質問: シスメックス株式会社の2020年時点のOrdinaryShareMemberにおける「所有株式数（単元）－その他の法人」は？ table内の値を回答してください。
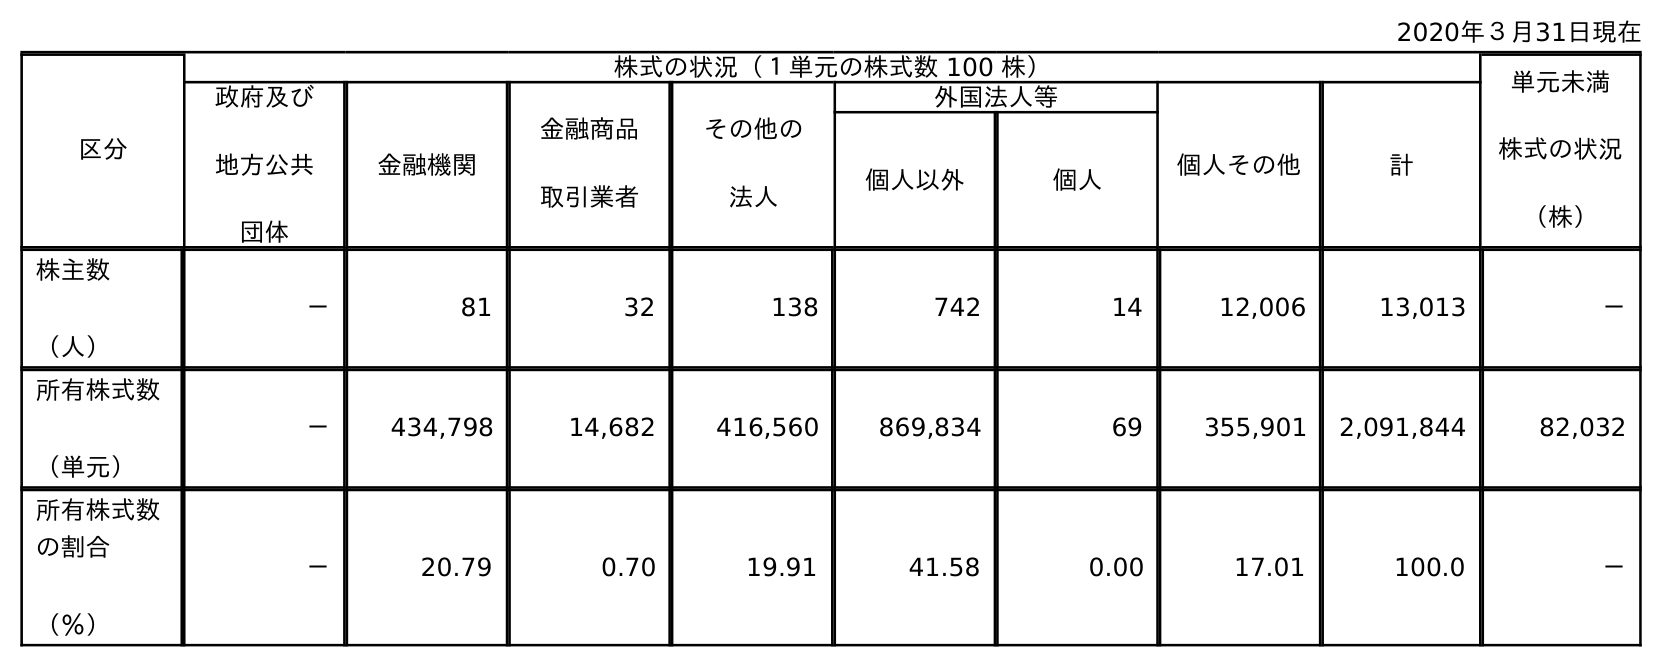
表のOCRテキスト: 2020年３月31日現在 区分 株式の状況（１単元の株式数 100 株） 単元未満 株式の状況 （株） 政府及び 地方公共 団体 金融機関 金融商品 取引業者 その他の 法人 外国法人等 個人その他 計 個人以外 個人 株主数 （人） － 81 32 138 742 14 12,006 13,013 － 所有株式数 （単元） － 434,798 14,682 416,560 869,834 69 355,901 2,091,844 82,032 所有株式数 の割合 （％） － 20.79 0.70 19.91 41.58 0.00 17.01 100.0 －
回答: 416,560